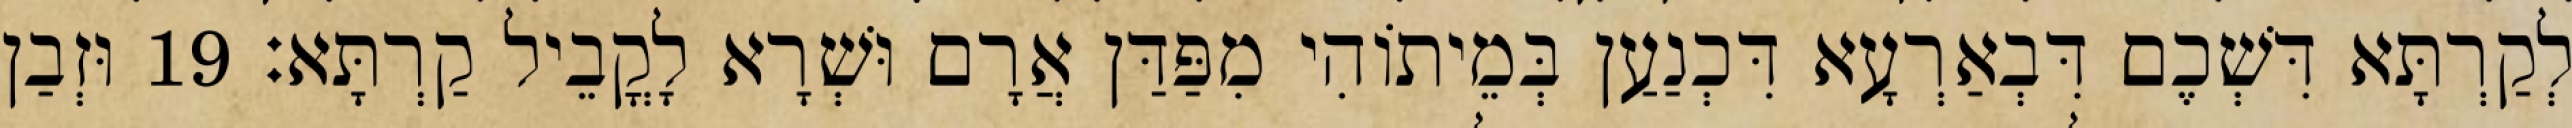
לְקַרְתָּא דִּשְׁכֶם דִּבְאַרְעָא דִּכְנַעַן בְּמֵיתוֹהִי מִפַּדַּן אֲרָם וּשְׁרָא לָקֳבֵיל קַרְתָּא׃ 19 וּזְבַן